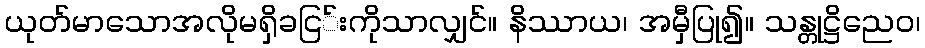
ယုတ်မာသောအလိုမရှိခငြ်းကိုသာလျှင်။ နိဿာယ၊ အမှီပြု၍။ သန္တုဋ္ဌိညေဝ၊